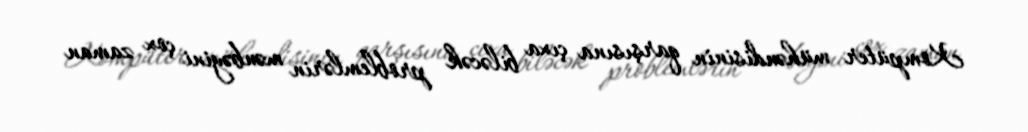
Kompüter mühəndisinin qarşısına çıxa biləcək problemlərin mənbəyini çox zaman